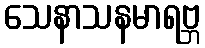
သေနာသနမာရဗ္ဘ